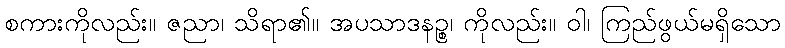
စကားကိုလည်း။ ဇညာ၊ သိရာ၏။ အပသာဒနဉ္စ၊ ကိုလည်း။ ဝါ၊ ကြည်ဖွယ်မရှိသော